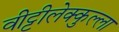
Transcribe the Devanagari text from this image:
वीट्टीलेक्कुल्ला